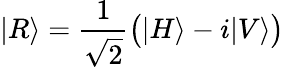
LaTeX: |R\rangle={\frac{1}{\sqrt{2}}}{\big(}|H\rangle-i|V\rangle{\big)}